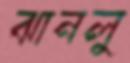
ঝানলু